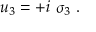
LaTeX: u _ { 3 } = + i \ \sigma _ { 3 } ~ .